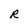
Character: R